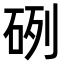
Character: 𥒂